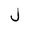
Letter: _lam